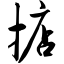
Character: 掂